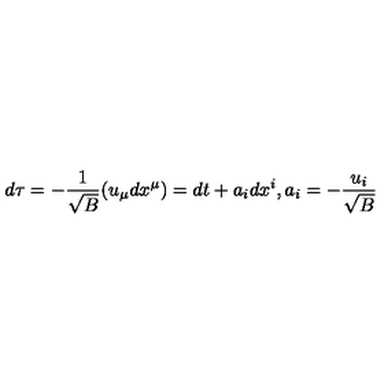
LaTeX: d \tau = - { \frac { 1 } { \sqrt { B } } } ( u _ { \mu } d x ^ { \mu } ) = d t + a _ { i } d x ^ { i } , a _ { i } = - { \frac { u _ { i } } { \sqrt { B } } }